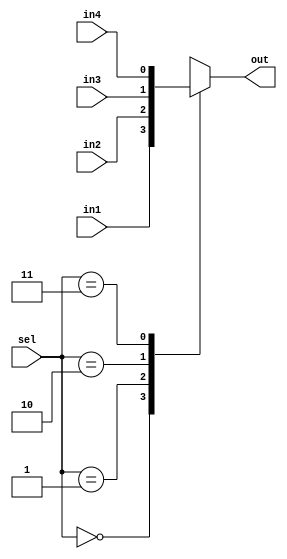

`timescale 1ns/1ns

module Mux4_1 (
    sel,
    in1,
    in2,
    in3,
    in4,
    out
);

    parameter N=1;
    input [1:0] sel;
    input [N-1:0] in1, in2, in3, in4;
    output reg [N-1:0] out;
    //output wire [N-1:0]outw;
    //assign outw = out;
    
    always @(*) begin
        case(sel)
            2'b00: out = in1;
            2'b01: out = in2;
            2'b10: out = in3;
            2'b11: out = in4;
        endcase
    end
    
endmodule